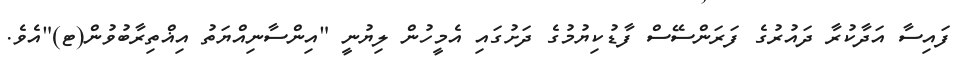
ފައިސާ އަދާކުރާ ދައުރުގެ ފަރަންސޭސް ފާޑުކިޔުމުގެ ދަށުގައި އެމީހުން ލިޔުނީ "އިންސާނިއްޔަތު އިޣްތިރާބުވުން(ޓ)"އެވެ.